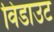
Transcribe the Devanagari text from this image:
विडाउट